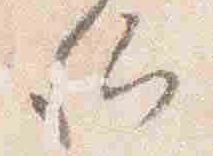
卿